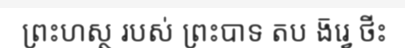
ព្រះហស្ថ របស់ ព្រះបាទ តប ង៑រ្វេ ថីះ